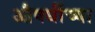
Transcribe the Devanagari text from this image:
औषधींच्या